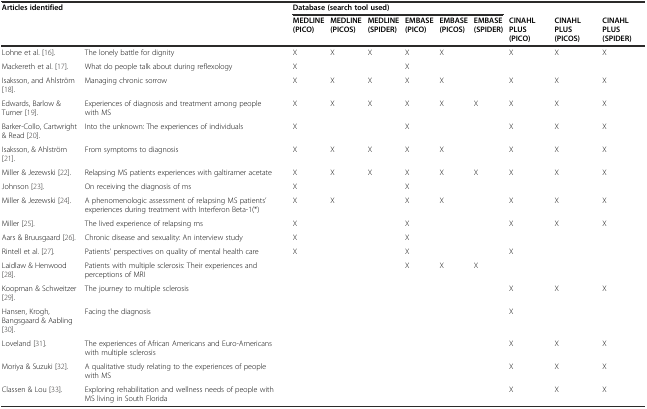
<table><thead><tr><td><b>Articles identified</b></td><td></td><td colspan="6"><b>Database (search tool used)</b></td><td></td><td></td><td></td></tr><tr><td></td><td></td><td><b>MEDLINE (PICO)</b></td><td><b>MEDLINE (PICOS)</b></td><td><b>MEDLINE (SPIDER)</b></td><td><b>EMBASE (PICO)</b></td><td><b>EMBASE (PICOS)</b></td><td><b>EMBASE (SPIDER)</b></td><td><b>CINAHL PLUS (PICO)</b></td><td><b>CINAHL PLUS (PICOS)</b></td><td><b>CINAHL PLUS (SPIDER)</b></td></tr></thead><tbody><tr><td>Lohne et al. [16].</td><td>The lonely battle for dignity</td><td>X</td><td>X</td><td>X</td><td>X</td><td>X</td><td></td><td>X</td><td>X</td><td>X</td></tr><tr><td>Mackereth et al. [17].</td><td>What do people talk about during reflexology</td><td>X</td><td></td><td></td><td>X</td><td></td><td></td><td></td><td></td><td></td></tr><tr><td>Isaksson, and Ahlström [18].</td><td>Managing chronic sorrow</td><td>X</td><td>X</td><td>X</td><td>X</td><td>X</td><td></td><td>X</td><td>X</td><td>X</td></tr><tr><td>Edwards, Barlow &amp; Turner [19].</td><td>Experiences of diagnosis and treatment among people with MS</td><td>X</td><td>X</td><td>X</td><td>X</td><td>X</td><td>X</td><td>X</td><td>X</td><td>X</td></tr><tr><td>Barker-Collo, Cartwright &amp; Read [20].</td><td>Into the unknown: The experiences of individuals</td><td>X</td><td></td><td></td><td>X</td><td></td><td></td><td>X</td><td>X</td><td>X</td></tr><tr><td>Isaksson, &amp; Ahlström [21].</td><td>From symptoms to diagnosis</td><td>X</td><td>X</td><td>X</td><td>X</td><td>X</td><td></td><td>X</td><td>X</td><td>X</td></tr><tr><td>Miller &amp; Jezewski [22].</td><td>Relapsing MS patients experiences with galtiramer acetate</td><td>X</td><td>X</td><td>X</td><td>X</td><td>X</td><td>X</td><td>X</td><td>X</td><td>X</td></tr><tr><td>Johnson [23].</td><td>On receiving the diagnosis of ms</td><td>X</td><td></td><td></td><td>X</td><td></td><td></td><td></td><td></td><td></td></tr><tr><td>Miller &amp; Jezewski [24].</td><td>A phenomenologic assessment of relapsing MS patients’ experiences during treatment with Interferon Beta-1(*)</td><td>X</td><td>X</td><td></td><td>X</td><td>X</td><td></td><td>X</td><td>X</td><td>X</td></tr><tr><td>Miller [25].</td><td>The lived experience of relapsing ms</td><td>X</td><td></td><td></td><td>X</td><td></td><td></td><td>X</td><td>X</td><td>X</td></tr><tr><td>Aars &amp; Bruusgaard [26].</td><td>Chronic disease and sexuality: An interview study</td><td>X</td><td></td><td></td><td>X</td><td></td><td></td><td></td><td></td><td></td></tr><tr><td>Rintell et al. [27].</td><td>Patients’ perspectives on quality of mental health care</td><td>X</td><td></td><td></td><td>X</td><td></td><td></td><td>X</td><td></td><td></td></tr><tr><td>Laidlaw &amp; Henwood [28].</td><td>Patients with multiple sclerosis: Their experiences and perceptions of MRI</td><td></td><td></td><td></td><td>X</td><td>X</td><td>X</td><td></td><td></td><td></td></tr><tr><td>Koopman &amp; Schweitzer [29].</td><td>The journey to multiple sclerosis</td><td></td><td></td><td></td><td></td><td></td><td></td><td>X</td><td>X</td><td>X</td></tr><tr><td>Hansen, Krogh, Bangsgaard &amp; Aabling [30].</td><td>Facing the diagnosis</td><td></td><td></td><td></td><td></td><td></td><td></td><td>X</td><td></td><td></td></tr><tr><td>Loveland [31].</td><td>The experiences of African Americans and Euro-Americans with multiple sclerosis</td><td></td><td></td><td></td><td></td><td></td><td></td><td>X</td><td>X</td><td>X</td></tr><tr><td>Moriya &amp; Suzuki [32].</td><td>A qualitative study relating to the experiences of people with MS</td><td></td><td></td><td></td><td></td><td></td><td></td><td>X</td><td>X</td><td>X</td></tr><tr><td>Classen &amp; Lou [33].</td><td>Exploring rehabilitation and wellness needs of people with MS living in South Florida</td><td></td><td></td><td></td><td></td><td></td><td></td><td>X</td><td>X</td><td>X</td></tr></tbody></table>